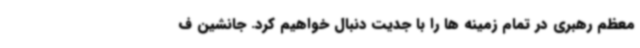
معظم رهبری در تمام زمینه ها را با جدیت دنبال خواهیم کرد. جانشین ف